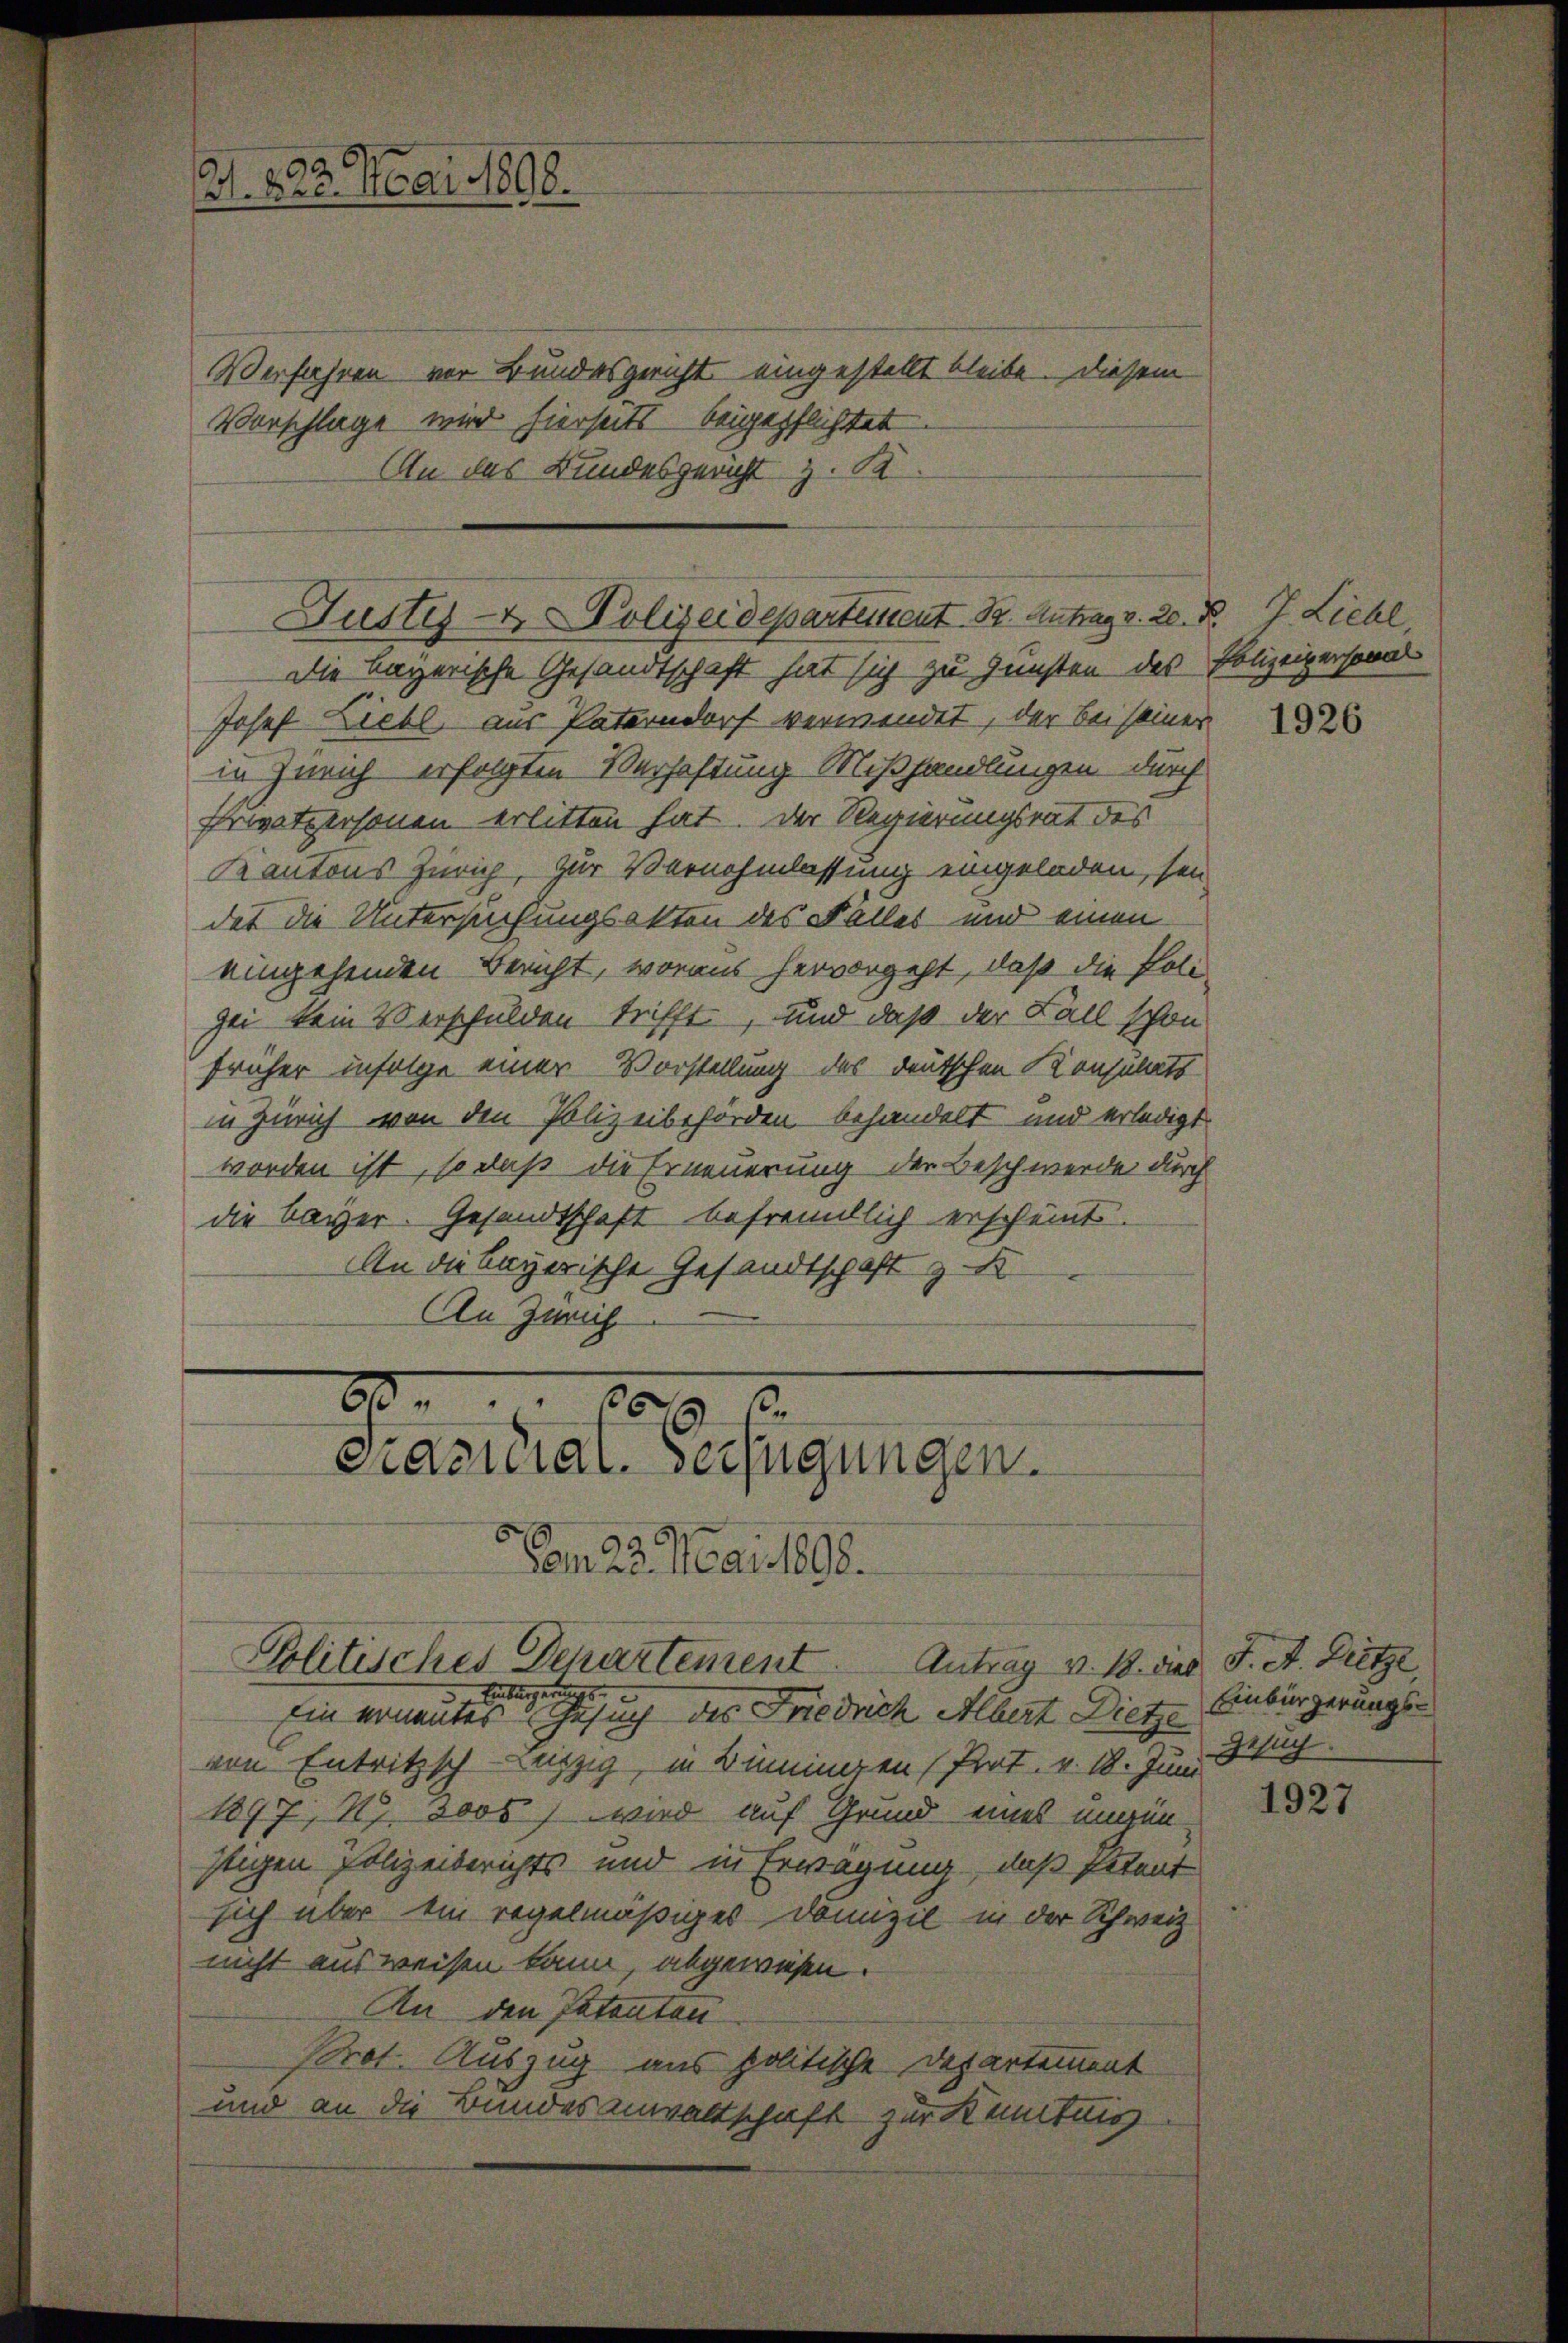
d 220. Mai 1898.

Verfahren vor Bundesgericht eingestellt bleibe. Diesem
Vorschlage wird hierseits beigepflichtet.
An des Bundesgericht z. B.

Die bayerische Gesandtschaft hat sich zu Gunsten des Polizeipersonal
Josef Liebl. aus Paterndorf verwendet, der bei seiner
in Zürich erfolgten Verhaftung Mißhandlungen durch
Prwatpersonen erlitten hat. Der Regierungsrat des
Kantons Zürich, zur Vernehmlassung eingeladen, sein
det die Untersuchungsakten des Falles und einen
eingehenden Bericht, woraus hervorgeht, daß die Poli-
gei kein Verschulden trifft, und daß der Fall schon
früher infolge einer Vorstellung des deutschen Konsulats
in Zürich von den Polizeibehörden behandelt und erledigt.
worden ist, so daß die Erneuerung der Beschwerde durch
die Bayer. Gesandtschaft befrenntlich erscheint.
An die bayerische Gesandtschaft z
An Zwich

Justiz- & Polizeidepartement 12. Antrag v. 20. N

Ein vornentes Gesuch der Friedrich Albert Dietze
von Entritzsch Luzig, in Biningen (Prot. v. 18. Jun. g
1897, 19. 3000 wird auf Grund eines ungünstigen Polizeiberichts und in Erwägung, daß Petent
sich über ein regelmäßiges Domizil in der Schweiz.
nicht ausweisen kann, abgewiesen.
An den Patentan
Prot. Auszug aus politische Departement
und an die Bundesanwaltschaft zur Kenntnis

80.
.
0
cacidial-Verfügungen.
Vom 28. Mai 1898.
Politisches Departement. Antrag v. 18. dies
g Einberger

J. Liebl.

1926

J. A. Dietze
Einbürgerungs¬

1927